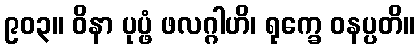
၉၀၃။ ဝိနာ ပုပ္ဖံ ဖလဂ္ဂါဟိ၊ ရုက္ခေ ဝနပ္ပတိ။